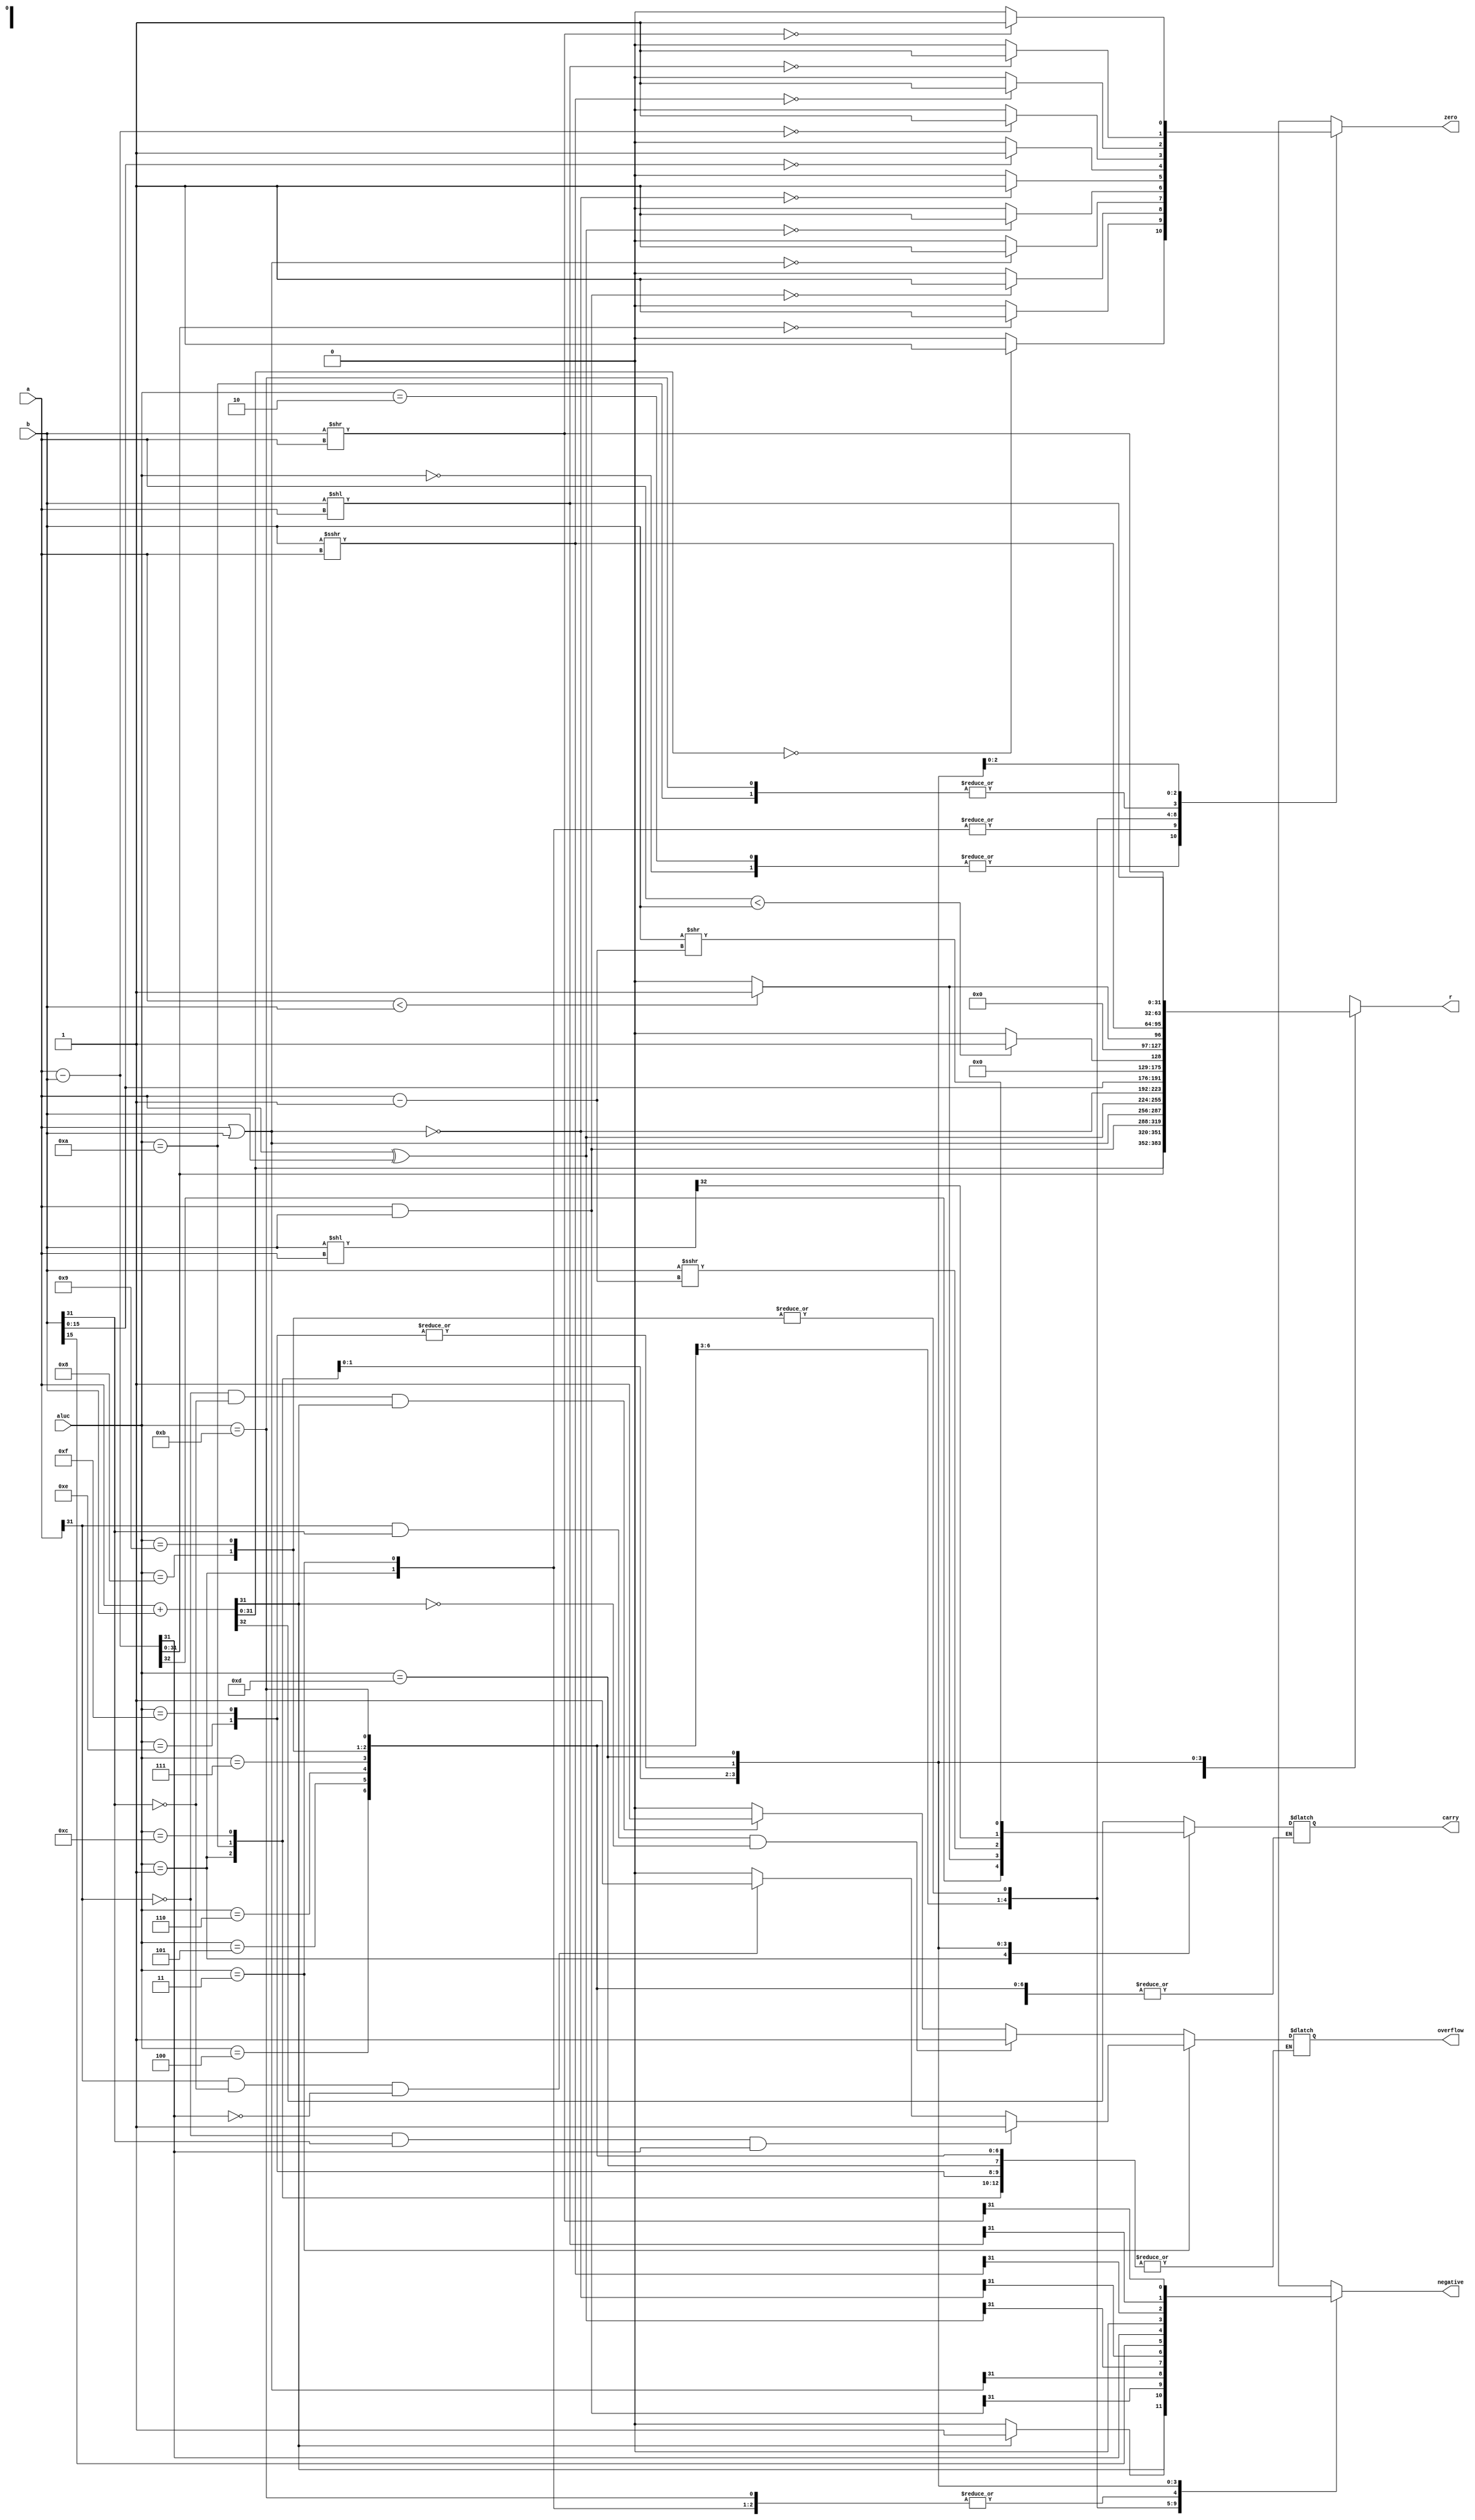
// alu.v

module ALU(
    input [31:0] a,
    input [31:0] b,
    input [3:0] aluc,
    output reg [31:0] r,
    output reg zero,
    output reg carry,
    output reg negative,
    output reg overflow
    );

    reg [31:0] result [0:15];  
    reg [32:0] temp;
    reg Z [0:15];
    reg C [0:15];
    reg N [0:15];
    reg O [0:15];
    wire signed [31:0] sa, sb;
    assign sa = a;
    assign sb = b;

    always@(a,b)
    begin
    //ADDU
    temp=0;
    temp=a+b;
    result[0]=temp[31:0];
    if(result[0]==0)
        Z[0]=1;
    else 
        Z[0]=0;
    C[0]=temp[32];
    N[0]=result[0][31];
    
    //ADD
    temp=0;
    temp=a+b;
    result[2]=temp[31:0];
    if(result[2]==0)
        Z[2]=1;
    else
        Z[2]=0;
    if(result[2][31]==1)
        N[2]=1;
    else
        N[2]=0;
    if(a[31]&b[31]&~result[2][31])
        O[2]=1;
    else if(~a[31]&~b[31]&result[2][31])
        O[2]=1;
    else
        O[2]=0;
    
    
    //SUBU
    temp=0;
    temp=a-b;
    result[1]=temp[31:0];
    if(result[1]==0)
        Z[1]=1;
    else
        Z[1]=0;
    C[1]=temp[32];
    N[1]=result[1][31];
    
    //SUB
    temp=0;
    temp=a-b;
    result[3]=temp[31:0];
    if(result[3]==0)
        Z[3]=1;
    else 
        Z[3]=0;
    N[3]=result[3][31];
    if(~a[31]&b[31]&result[3][31])
        O[3]=1;
    else if(a[31]&~b[31]&~result[3][31])
        O[3]=1;
    else
        O[3]=0;
    
    //AND
    temp=0;
    result[4]=a&b;
    if(result[4]==0)
        Z[4]=1;
    else
        Z[4]=0;
    N[4]=result[4][31];
    
    //OR
    temp=0;
    result[5]=a|b;
    if(result[5]==0)
        Z[5]=1;
    else
        Z[5]=0;
    N[5]=result[5][31];
    
    //XOR
    temp=0;
    result[6]=a^b;
    if(result[6]==0)
        Z[6]=1;
    else
        Z[6]=0; 
    N[6]=result[6][31];
    
    //NOR
    temp=0;
    result[7]=~(a|b);
    if(result[7]==0)
        Z[7]=1;
    else
        Z[7]=0;
    N[7]=result[7][31];
    
    //LUI
    temp=0;
    result[8]={b[15:0],16'b0};
    if(result[8]==0)
        Z[8]=1;
    else
        Z[8]=0;
    N[8]=result[8][31];
    
    //SLT
    temp=a-b;
    if(temp==0)
        Z[11]=1;
    else
        Z[11]=0;
    result[11]=sa < sb ? 1:0;
    N[11]=temp[31];
    
    //SLTU
    temp=a-b;
    result[10]=a < b ? 1:0;
    if(temp==0)
        Z[10]=1;
    else
        Z[10]=0;
    C[10]=result[10];
    N[10]=result[10][31];
    
    //SRA
    result[12]=($signed(b)>>>a);
    if(result[12]==0)
        Z[12]=1;
    else
        Z[12]=0;
    temp=$signed(b)>>>(a-1);
    C[12]=temp[0];
    N[12]=result[12][31];
    
    //SLL/SLA
    result[14]=b<<a;
    if(result[14]==0)
        Z[14]=1;
    else
        Z[14]=0;
    N[14]=result[14][31];
    temp=b<<a;
    C[14]=temp[32];
    
    //SRL
    result[13]=b>>a;
    if(result[13]==0)
        Z[13]=1;
    else
        Z[13]=0;
    N[13]=result[13][31];
    temp=b>>(a-1);
    C[13]=temp[0];
    end
    
    
    always@(*)
    begin
    case(aluc)
        4'b0000:
        begin
            r=result[0];
            zero=Z[0];
            carry=C[0];
            negative=N[0];
        end
        4'b0010:
        begin
             r=result[2];
             zero=Z[2];
             negative=N[2];
             overflow=O[2];
        end
        4'b0001:
        begin
             r=result[1];
             zero=Z[1];
             carry=C[1];
             negative=N[1];
        end
        4'b0011:
        begin
             r=result[3];
             zero=Z[3];
             negative=N[3];
             overflow=O[3];
        end
        4'b0100:
        begin
             r=result[4];
             zero=Z[4];
             negative=N[4];
        end
        4'b0101:
        begin
             r=result[5];
             zero=Z[5];
             negative=N[5];
        end
        4'b0110:
        begin
             r=result[6];
             zero=Z[6];
             negative=N[6];
        end
        4'b0111:
        begin
             r=result[7];
             zero=Z[7];
             negative=N[7];
        end
        4'b1000:
        begin
             r=result[8];
             zero=Z[8];
             negative=N[8];
        end        
        4'b1001:
        begin
             r=result[8];
             zero=Z[8];
             negative=N[8];
        end
        4'b1011:
        begin
             r=result[11];
             zero=Z[11];
             negative=N[11];
        end        
        4'b1010:
        begin
             r=result[10];
             zero=Z[10];
             carry=C[10];
             negative=N[10];
        end
        4'b1100:
        begin
             r=result[12];
             zero=Z[12];
             carry=C[12];
             negative=N[12];
        end
        4'b1110:
        begin
             r=result[14];
             zero=Z[14];
             carry=C[14];
             negative=N[14];
        end
        4'b1111:
        begin
             r=result[14];
             zero=Z[14];
             carry=C[14];
             negative=N[14];
        end
        4'b1101:
        begin
             r=result[13];
             zero=Z[13];
             carry=C[13];
             negative=N[13];
        end
    endcase   
    end
endmodule